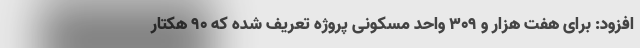
افزود: برای هفت هزار و ۳۰۹ واحد مسکونی پروژه تعریف شده که ۹۰ هکتار